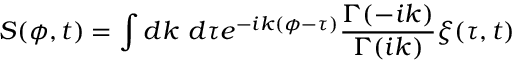
S ( \phi , t ) = \int d k ~ d \tau e ^ { - i k ( \phi - \tau ) } { \frac { \Gamma ( - i k ) } { \Gamma ( i k ) } } \xi ( \tau , t )